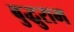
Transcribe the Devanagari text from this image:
बुद्धुराम